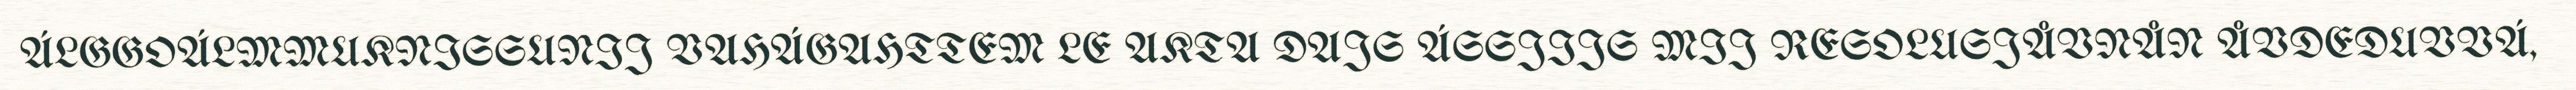
ÁLGGOÁLMMUKNISSUNIJ VAHÁGAHTTEM LE AKTA DAJS ÁSSJIJS MIJ RESOLUSJÅVNÅN ÅVDEDUVVÁ,